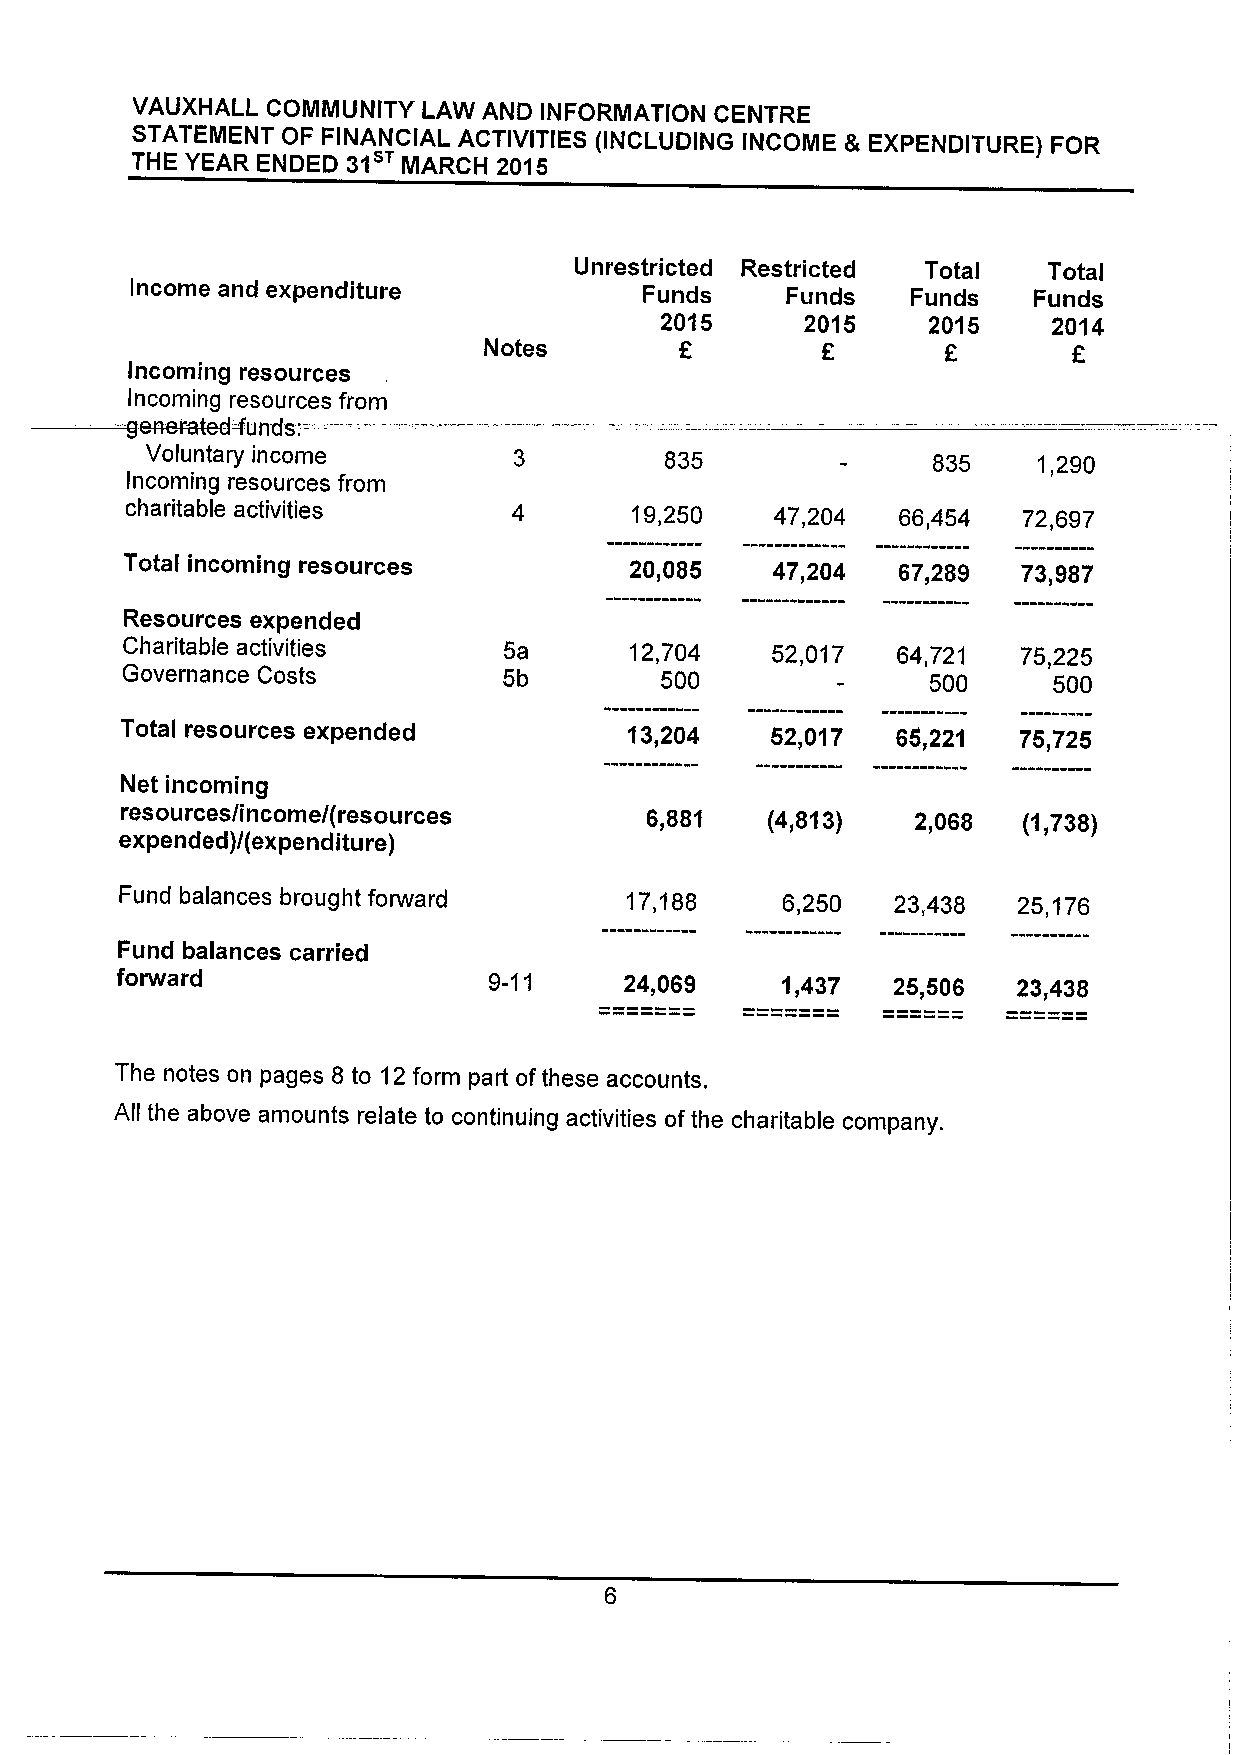
VAUXHALL COMMUNITY LAW AND INFORMATION CENTRE
 STATEMENT OF FINANCIAL ACTIVITIES (INCLUDING INCOME & EXPENDITURE) FOR
 31sr
 THE YEAR ENDED    MARCH 2015
 Unrestricted Restricted Total  Total
 Income and expenditure            Funds    Funds   Funds   Funds
 2015     2015    2015     2014
 Notes                 E       F
 Incoming resources
 Incoming resources from
 g8R8FGtBd4&cl5:
 Voluntary income                  835               835    1,290
 Incoming resources from
 charitable activities             19,250   47,204  66,454   72,697
 Total incoming resources          20,085   47,204  67,289   73,987
 Resources expended
 Charitable activities    5a       12,704   52,017  64,721   75,225
 Governance Costs         5b         500               500     500
 Total resources expended          13,204   52,017  65,221  75,725
 Net incoming
 resources/income/(resources        6,881   (4,813)   2,068  (1,738)
 expended)/(expenditure)
 Fund balances brought forward    17,188     6,250  23,438  25,176
 Fund balances carried
 forward                 9-11     24,069     1,437  25,506  23,438
 The notes on pages 8 to 12form part ofthese accounts.
 All the above amounts relate to continuing activities ofthe charitable company.